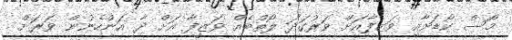
މޯސް ކޯޑަށާއި ވަޒީފާއަށް ވަރުގަދަ ލޯތްބެއް ވަޒީފާ އަށް ދާ އަންހެނުން ވަރަށް